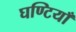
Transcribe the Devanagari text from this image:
घण्टियाँ